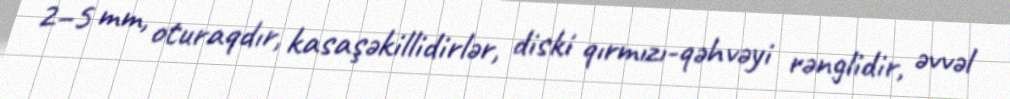
2–5 mm, oturaqdır, kasaşəkillidirlər, diski qırmızı-qəhvəyi rənglidir, əvvəl